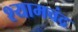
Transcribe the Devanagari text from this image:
श्यामचंद्र